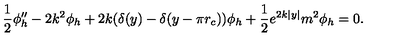
\frac { 1 } { 2 } \phi _ { h } ^ { \prime \prime } - 2 k ^ { 2 } \phi _ { h } + 2 k ( \delta ( y ) - \delta ( y - \pi r _ { c } ) ) \phi _ { h } + \frac { 1 } { 2 } e ^ { 2 k | y | } m ^ { 2 } \phi _ { h } = 0 .